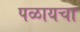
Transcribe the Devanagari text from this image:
पळायचा